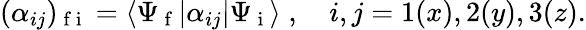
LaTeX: \begin{array}{r}{(\alpha_{ij})_{\mathrm{~f~i~}}=\langle\Psi_{\mathrm{~f~}}|\alpha_{ij}|\Psi_{\mathrm{~i~}}\rangle\; ,\quad i,j=1(x),2(y),3(z).}\end{array}